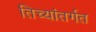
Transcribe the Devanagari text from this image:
तिच्यांतर्गत